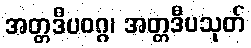
အတ္တဒီပဝဂ္ဂ၊ အတ္တဒီပသုတ်